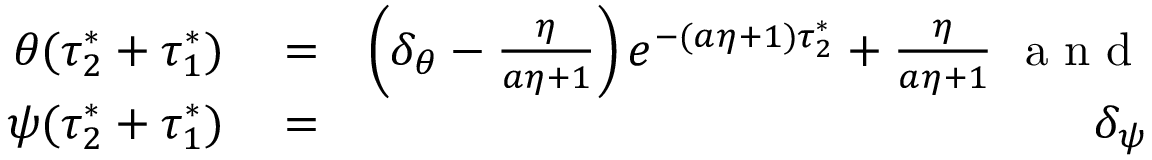
\begin{array} { r l r } { \theta ( \tau _ { 2 } ^ { * } + \tau _ { 1 } ^ { * } ) } & { { } = } & { \left( \delta _ { \theta } - \frac { \eta } { a \eta + 1 } \right) e ^ { - ( a \eta + 1 ) \tau _ { 2 } ^ { * } } + \frac { \eta } { a \eta + 1 } \mathrm { ~ \normalsize ~ a ~ n ~ d ~ } } \\ { \psi ( \tau _ { 2 } ^ { * } + \tau _ { 1 } ^ { * } ) } & { { } = } & { \delta _ { \psi } } \end{array}